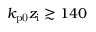
k _ { \mathrm { p 0 } } z _ { \mathrm { i } } \gtrsim 1 4 0